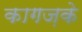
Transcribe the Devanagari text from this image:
कागज़के